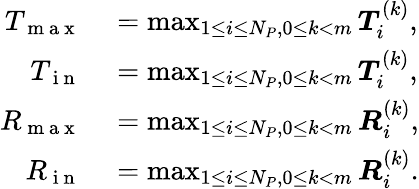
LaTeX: \begin{array}{rl}{T_{\mathrm{~m~a~x~}}}&{{}=\operatorname*{max}_{1\leq i\leq N_{P},0\leq k<m}\boldsymbol{T}_{i}^{(k)},}\\ {T_{\mathrm{~i~n~}}}&{{}=\operatorname*{max}_{1\leq i\leq N_{P},0\leq k<m}\boldsymbol{T}_{i}^{(k)},}\\ {R_{\mathrm{~m~a~x~}}}&{{}=\operatorname*{max}_{1\leq i\leq N_{P},0\leq k<m}\boldsymbol{R}_{i}^{(k)},}\\ {R_{\mathrm{~i~n~}}}&{{}=\operatorname*{max}_{1\leq i\leq N_{P},0\leq k<m}\boldsymbol{R}_{i}^{(k)}.}\end{array}